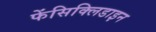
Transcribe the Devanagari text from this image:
फेंसिक्लिडाइन